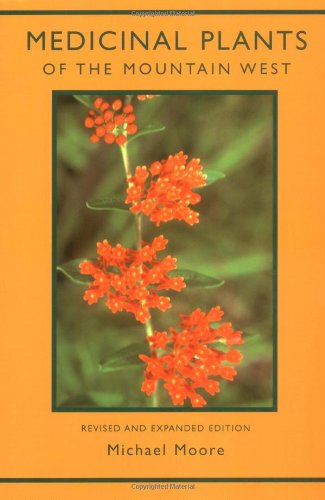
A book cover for Medicinal Plants of the Mountain West; Michael Moore; Science & Math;